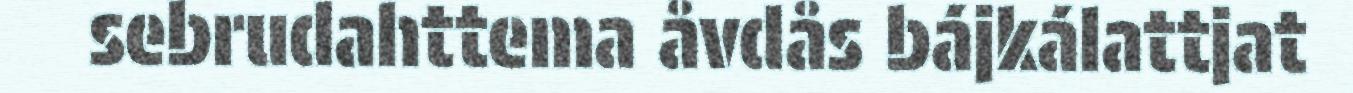
sebrudahttema åvdås bájkálattjat